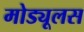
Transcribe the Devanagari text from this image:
मोड्यूलस